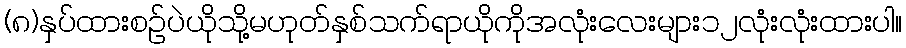
(၈)နှပ်ထားစဉ်ပဲယိုသို့မဟုတ်နှစ်သက်ရာယိုကိုအလုံးလေးများ၁၂လုံးလုံးထားပါ။